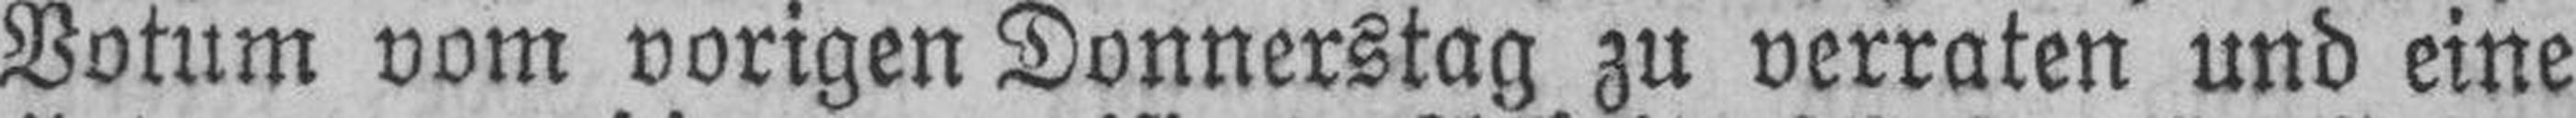
Votum vom vorigen Donnerstag zu verraten und eine